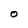
Character: o